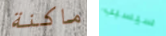
ماكنة سيسبب